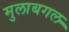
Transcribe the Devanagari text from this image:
मुलाबगल